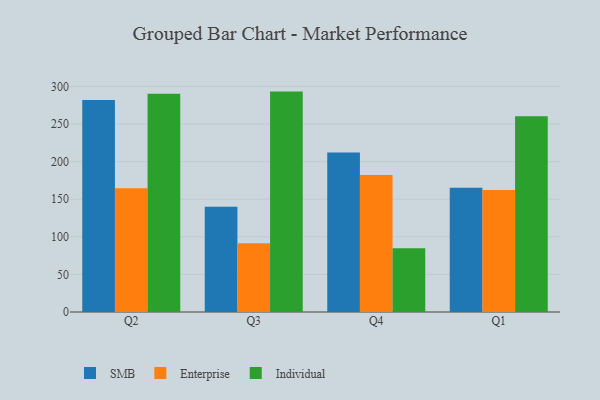
{"axis": {"x": "Quarter", "y": "Demand Index"}, "legend": ["Enterprise", "Individual", "SMB"], "data": [{"x": "Q2", "y": 282.0, "type": "SMB"}, {"x": "Q2", "y": 164.6, "type": "Enterprise"}, {"x": "Q2", "y": 290.4, "type": "Individual"}, {"x": "Q3", "y": 140.1, "type": "SMB"}, {"x": "Q3", "y": 91.3, "type": "Enterprise"}, {"x": "Q3", "y": 293.1, "type": "Individual"}, {"x": "Q4", "y": 212.2, "type": "SMB"}, {"x": "Q4", "y": 182.1, "type": "Enterprise"}, {"x": "Q4", "y": 84.8, "type": "Individual"}, {"x": "Q1", "y": 165.2, "type": "SMB"}, {"x": "Q1", "y": 162.1, "type": "Enterprise"}, {"x": "Q1", "y": 260.4, "type": "Individual"}]}